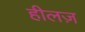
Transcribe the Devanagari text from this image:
हीलज़